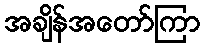
အချိန်အတော်ကြာ